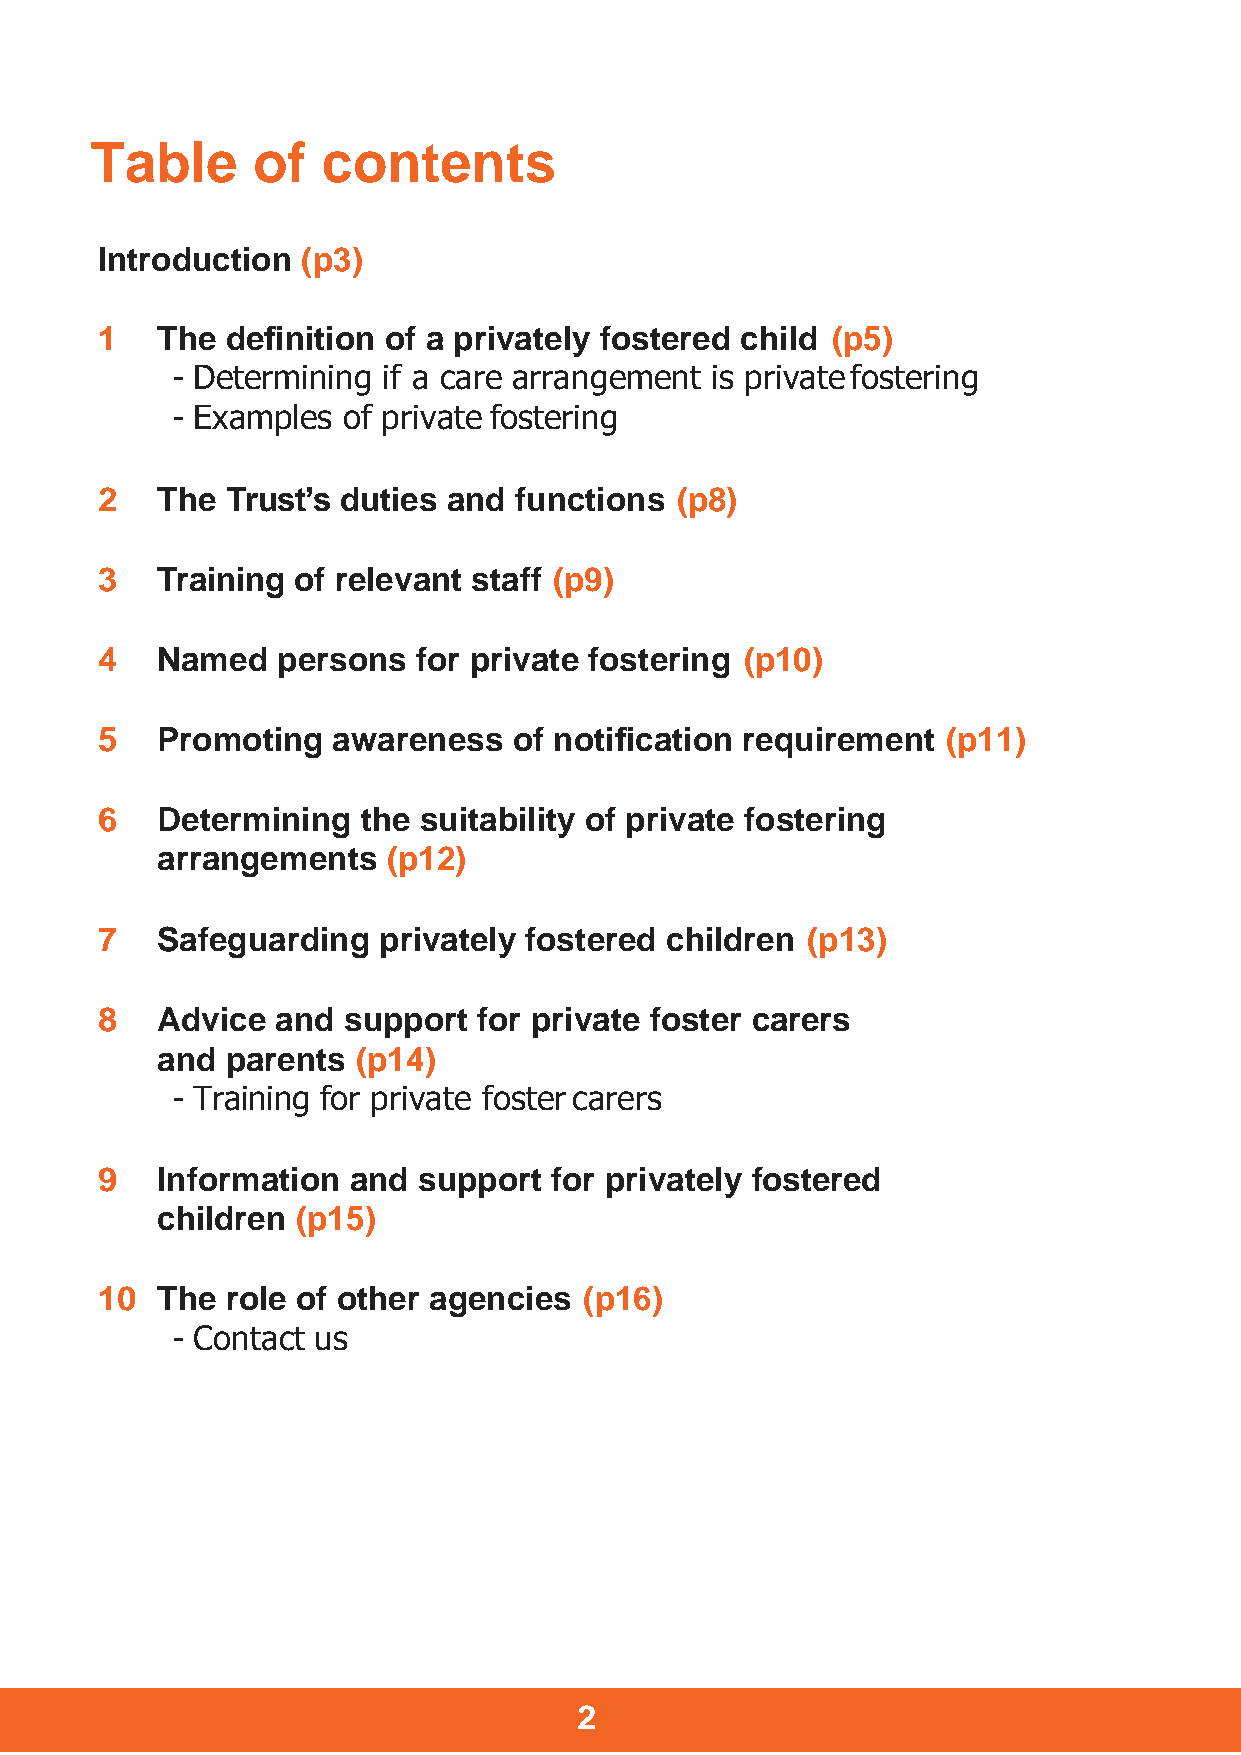
Table      of  contents
 Introduction  (p3)
 1   The  definition of a privately fostered child (p5)
 - Determining if a care arrangement is private fostering
 - Examples  of private fostering
 2   The  Trust’s duties and functions  (p8)
 3   Training of relevant staff (p9)
 4   Named   persons   for private fostering (p10)
 5   Promoting   awareness   of notification requirement  (p11)
 6   Determining   the suitability of private fostering
 arrangements    (p12)
 7   Safeguarding   privately fostered children (p13)
 8   Advice  and  support  for private foster carers
 and  parents  (p14)
 - Training for private foster carers
 9   Information  and  support for privately fostered
 children  (p15)
 10  The  role of other agencies  (p16)
 - Contact us
 2